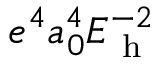
e ^ { 4 } a _ { 0 } ^ { 4 } E _ { \mathrm { ~ h ~ } } ^ { - 2 }